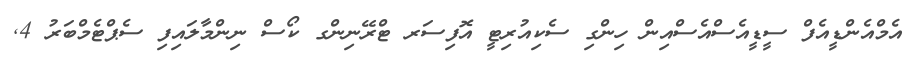
އެމްއެންޑީއެފް ސީޑީއެސްއެސްއިން ހިންގި ސެކިއުރިޓީ އޮފިސަރ ޓްރޭނިންގ ކޯސް ނިންމާލައިފި ސެޕްޓެމްބަރު 4